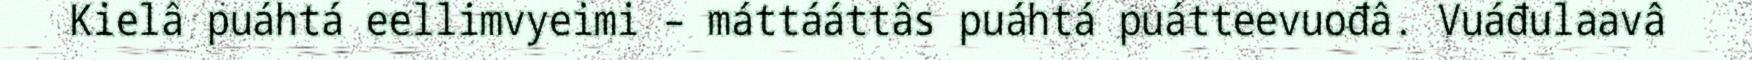
Kielâ puáhtá eellimvyeimi – máttááttâs puáhtá puátteevuođâ. Vuáđulaavâ